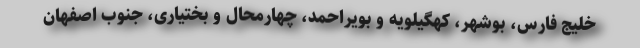
خلیج فارس، بوشهر، کهگیلویه و بویراحمد، چهارمحال و بختیاری، جنوب اصفهان